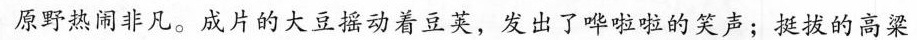
原野热闹非凡。成片的大豆摇动着豆荚，发出了哗啦啦的笑声；挺拔的高梁